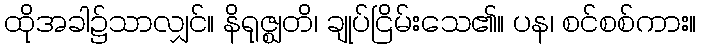
ထိုအခါ၌သာလျှင်။ နိရုဇ္ဈတိ၊ ချုပ်ငြိမ်းသေ၏။ ပန၊ စင်စစ်ကား။